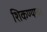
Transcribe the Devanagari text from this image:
शिकण्यावर